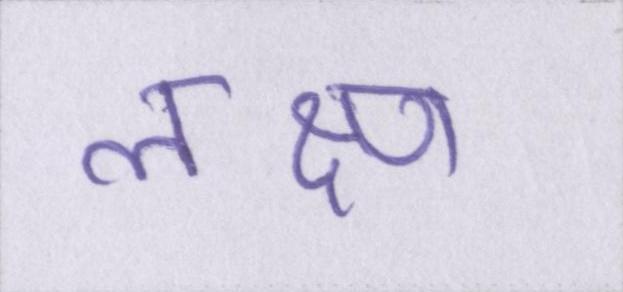
लक्ष्ण